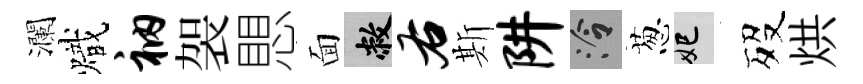
瀾熾衲袈愳面敝右斯阱泠葱妃歿烘